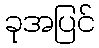
ခုအပြင်